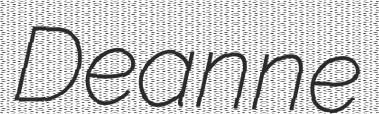
Deanne